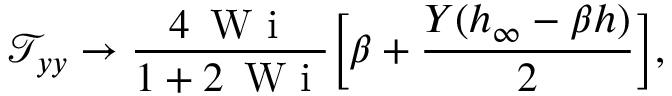
\mathcal { T } _ { y y } \to \frac { 4 \, \textrm { W i } } { 1 + 2 \, \textrm { W i } } \bigg [ \beta + \frac { Y ( h _ { \infty } - \beta h ) } { 2 } \biggr ] ,